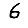
Digit: 6